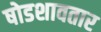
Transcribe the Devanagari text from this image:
षोडशावतार